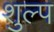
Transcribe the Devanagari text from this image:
शुल्प